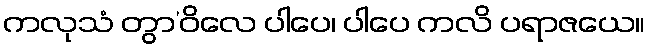
ကလုသံ တွာ’ဝိလေ ပါပေ၊ ပါပေ ကလိ ပရာဇယေ။